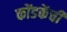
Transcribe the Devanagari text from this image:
कोंडकेंची